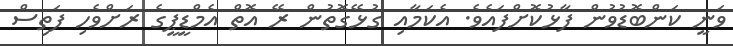
ވަނީ ކަންބޮޑުވުން ފާޅުކޮށްފައެވެ. އެކަމާއި ގުޅޭގޮތުން ރޭ އޮތް އެމްޑީޕީގެ ރަށްވެހި ފަތިސް